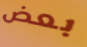
بعض